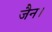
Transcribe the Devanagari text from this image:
जैन।